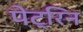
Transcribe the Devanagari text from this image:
पेट्रिन